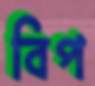
বিপ